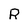
Character: R